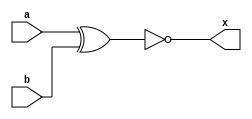
//MODULOS
module GXNOR2(a,b,x);
	input a,b;
	output x;

//ASIGNACIONES
assign x=~(a^b);
endmodule